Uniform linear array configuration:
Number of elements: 24
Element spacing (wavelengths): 0.75
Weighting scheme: binomial
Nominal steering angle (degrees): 30
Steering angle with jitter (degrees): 29.784
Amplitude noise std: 0.05
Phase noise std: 0.05

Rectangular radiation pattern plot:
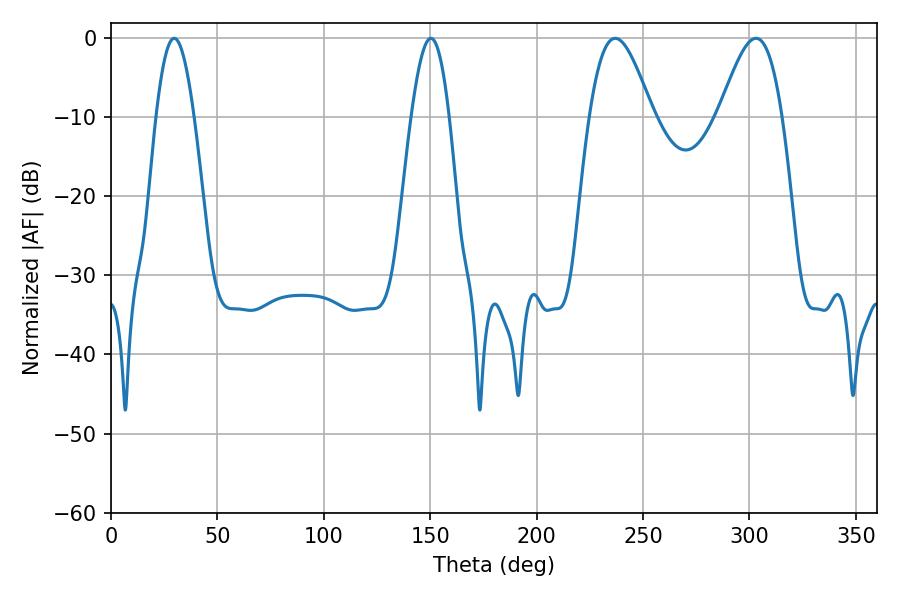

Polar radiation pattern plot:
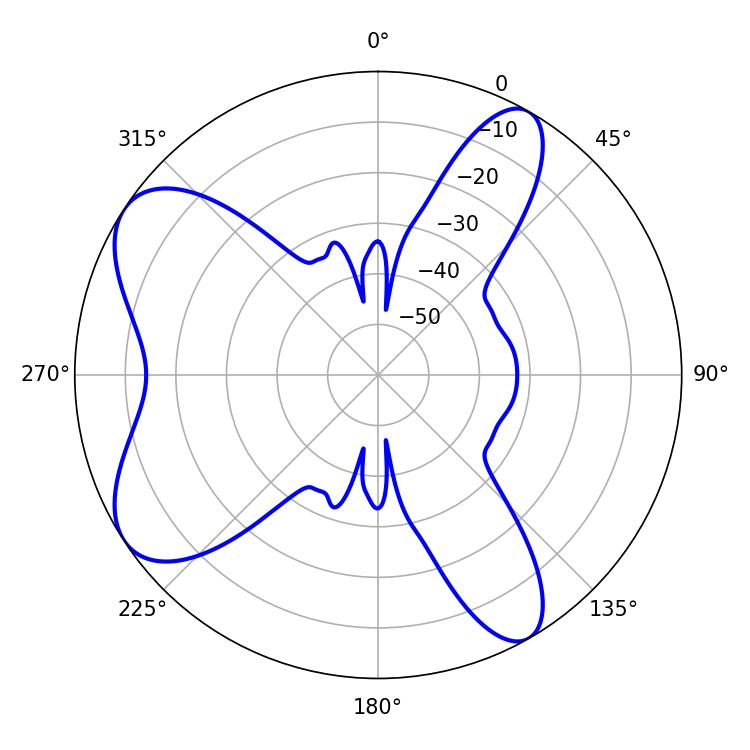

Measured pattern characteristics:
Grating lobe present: TRUE
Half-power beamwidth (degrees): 9.54
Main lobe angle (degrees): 29.7